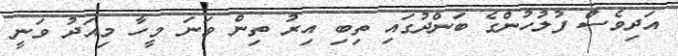
އަދިވެސް ފުލުހުންގެ ބަންދުގައި ތިބި އިރު ތިން ވަނަ މީހާ މިއަދު ވަނީ